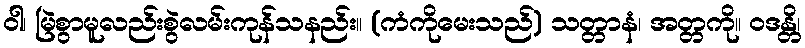
ဝါ၊ မြဲစွာမူလည်းစွဲလမ်းကုန်သနည်း။ (ကံကိုမေးသည်) သတ္တာနံ၊ အတ္တကို။ ဝဒန္တိ၊